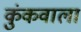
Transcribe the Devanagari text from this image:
कुंकवाला